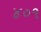
૪૦૧